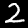
Digit: 2